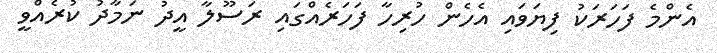
އެންމެ ފަހަރަކު ފިޔަވައި އެހެން ހުރިހާ ފަހަރެއްގައި ރަސޫލާ އީދު ނަމާދު ކުރެއްވީ